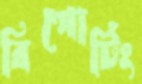
রিপোর্টিং